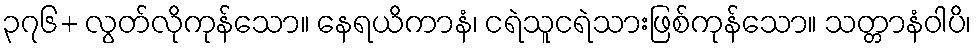
၃၇၆+ လွတ်လိုကုန်သော။ နေရယိကာနံ၊ ငရဲသူငရဲသားဖြစ်ကုန်သော။ သတ္တာနံဝါပိ၊